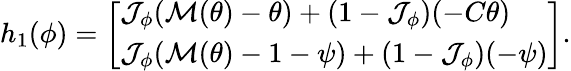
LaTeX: \begin{array}{r}{h_{1}(\phi)=\left[\begin{array}{l}{\mathcal{J}_{\phi}(\mathcal{M}(\theta)-\theta)+(1-\mathcal{J}_{\phi})(-C\theta)}\\ {\mathcal{J}_{\phi}(\mathcal{M}(\theta)-1-\psi)+(1-\mathcal{J}_{\phi})(-\psi)}\end{array}\right].}\end{array}